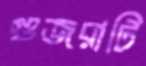
গুজরাটি